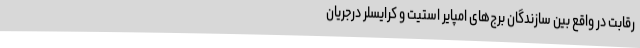
رقابت در واقع بین سازندگان برج‌های امپایر استیت و کرایسلر درجریان